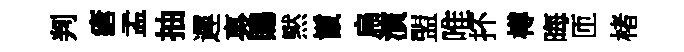
判瘡孟抽遲裏賜黙鬛扁演盟唯抔樽晦匝楮